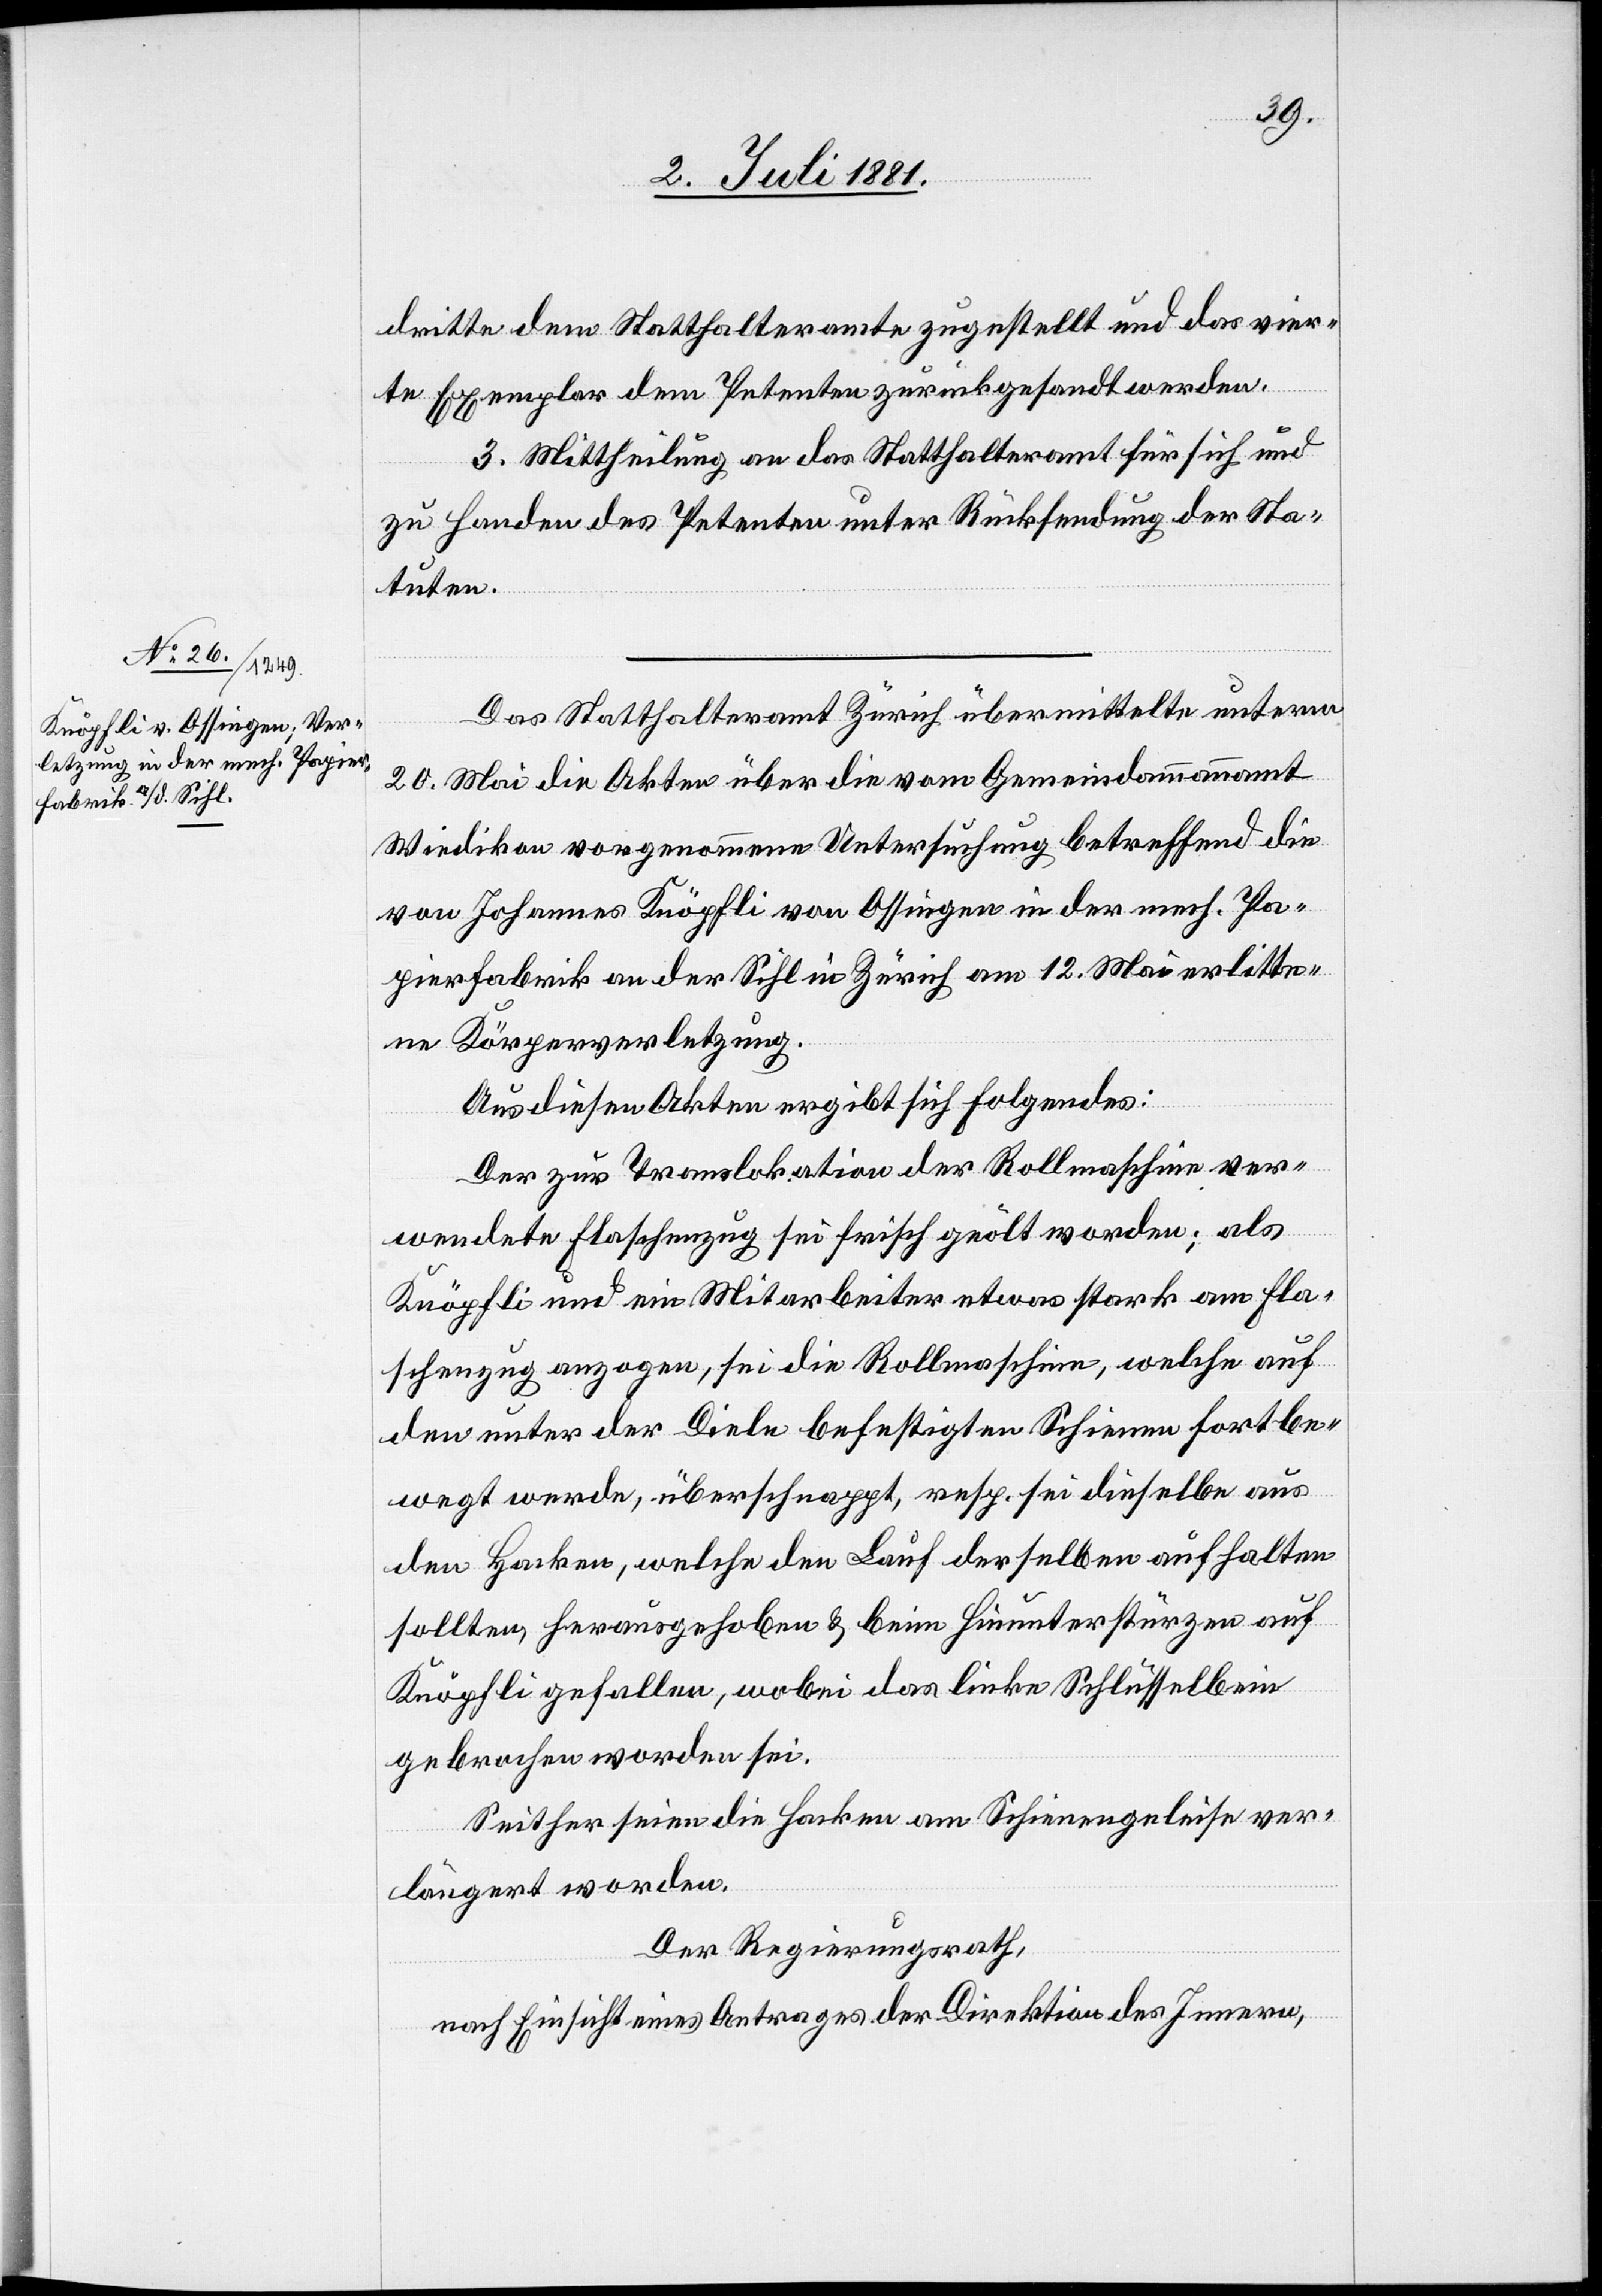
dritte dem Statthalteramte zugestellt und das vier¬
te Exemplar dem Petenten zurückgesandt werden.
3. Mittheilung an das Statthalteramt für sich und
zu Handen des Petenten unter Rücksendung der Sta¬
tuten.
Das Statthalteramt Zürich übermittelte unterm
20. Mai die Akten über die vom Gemeindammannamt
Wiedikon vorgenommene Untersuchung betreffend die
von Johannes Knöpfli von Ossingen in der mech. Pa¬
pierfabrik an der Sihl in Zürich am 12. Mai erlitte¬
ne Körperverletzung.
Aus diesen Akten ergibt sich Folgendes:
Der zur Translokation der Rollmaschine ver¬
wendete Flaschenzug sei frisch geölt worden; als
Knöpfli und ein Mitarbeiter etwas stark am Fla¬
schenzug anzogen, sei die Rollmaschine, welche auf
den unter der Diele befestigten Schienen fortbe¬
wegt werde, überschnappt, resp. sei dieselbe aus
den Hacken, welche den Lauf derselben aufhalten
sollten herausgehoben & beim Hinunterstürzen auf
Knöpfli gefallen, wobei das linke Schlüsselbein
gebrochen worden sei.
Seither seien die Hacken am Schienengeleise ver¬
längert worden.
Der Regierungsrath,
nach Einsicht eines Antrages der Direktion des Innern,